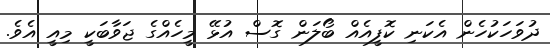
ދުވަހަކުހެން އެކަނި ކޮފީއެއް ބޯލަން ގޮސް އުޅޭ މީހެއްގެ ޖަވާބަކީ މިއީ އެވެ.